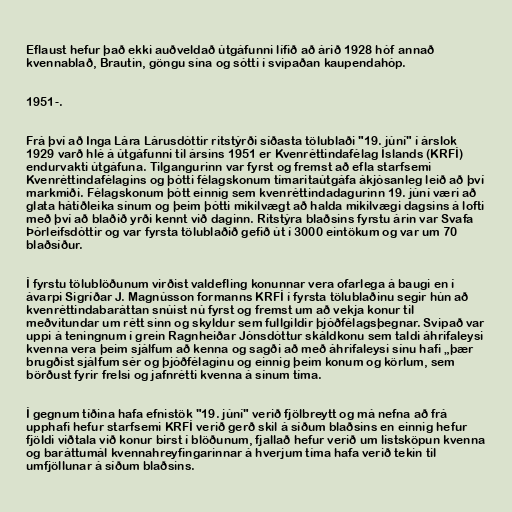
Eflaust hefur það ekki auðveldað útgáfunni lífið að árið 1928 hóf annað
kvennablað, Brautin, göngu sína og sótti í svipaðan kaupendahóp.

1951-.

Frá því að Inga Lára Lárusdóttir ritstýrði síðasta tölublaði "19. júní" í árslok
1929 varð hlé á útgáfunni til ársins 1951 er Kvenréttindafélag Íslands (KRFÍ)
endurvakti útgáfuna. Tilgangurinn var fyrst og fremst að efla starfsemi
Kvenréttindafélagins og þótti félagskonum tímaritaútgáfa ákjósanleg leið að því
markmiði. Félagskonum þótt einnig sem kvenréttindadagurinn 19. júní væri að
glata hátíðleika sínum og þeim þótti mikilvægt að halda mikilvægi dagsins á lofti
með því að blaðið yrði kennt við daginn. Ritstýra blaðsins fyrstu árin var Svafa
Þórleifsdóttir og var fyrsta tölublaðið gefið út í 3000 eintökum og var um 70
blaðsíður.

Í fyrstu tölublöðunum virðist valdefling konunnar vera ofarlega á baugi en í
ávarpi Sigríðar J. Magnússon formanns KRFÍ í fyrsta tölublaðinu segir hún að
kvenréttindabaráttan snúist nú fyrst og fremst um að vekja konur til
meðvitundar um rétt sinn og skyldur sem fullgildir þjóðfélagsþegnar. Svipað var
uppi á teningnum í grein Ragnheiðar Jónsdóttur skáldkonu sem taldi áhrifaleysi
kvenna vera þeim sjálfum að kenna og sagði að með áhrifaleysi sínu hafi „þær
brugðist sjálfum sér og þjóðfélaginu og einnig þeim konum og körlum, sem
börðust fyrir frelsi og jafnrétti kvenna á sínum tíma.

Í gegnum tíðina hafa efnistök "19. júní" verið fjölbreytt og má nefna að frá
upphafi hefur starfsemi KRFÍ verið gerð skil á síðum blaðsins en einnig hefur
fjöldi viðtala við konur birst í blöðunum, fjallað hefur verið um listsköpun kvenna
og baráttumál kvennahreyfingarinnar á hverjum tíma hafa verið tekin til
umfjöllunar á síðum blaðsins.